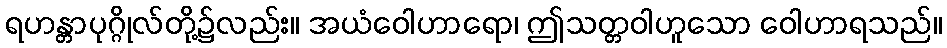
ရဟန္တာပုဂ္ဂိုလ်တို့၌လည်း။ အယံဝေါဟာရော၊ ဤသတ္တဝါဟူသော ဝေါဟာရသည်။